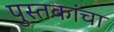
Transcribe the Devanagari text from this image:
पुस्‍तकांचा